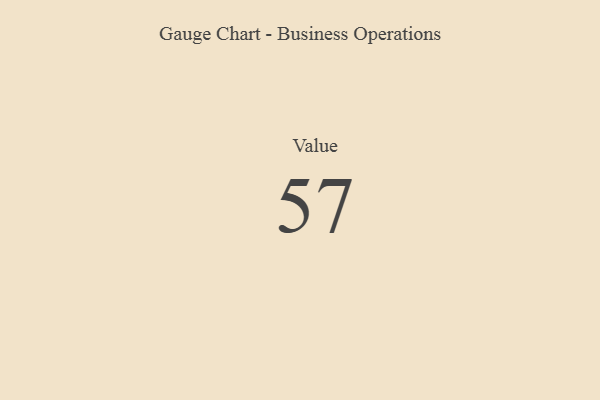
{"axis": {"x": "Metric", "y": "Value"}, "legend": [""], "data": [{"x": "Value", "y": 57, "type": ""}]}